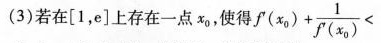
(3)若在 [1，e] 上存在一点 x_{0}，使得 $$f ( x _ { 0 } ) + \frac { 1 } { f ^ {\prime} ( x _ { 0 } ) } <$$